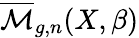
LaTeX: {\overline{{\mathcal{M}}}}_{g,n}(X,\beta)